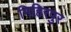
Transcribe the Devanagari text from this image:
मिहिरपुर